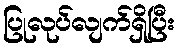
ပြုလုပ်လျက်ရှိပြီး